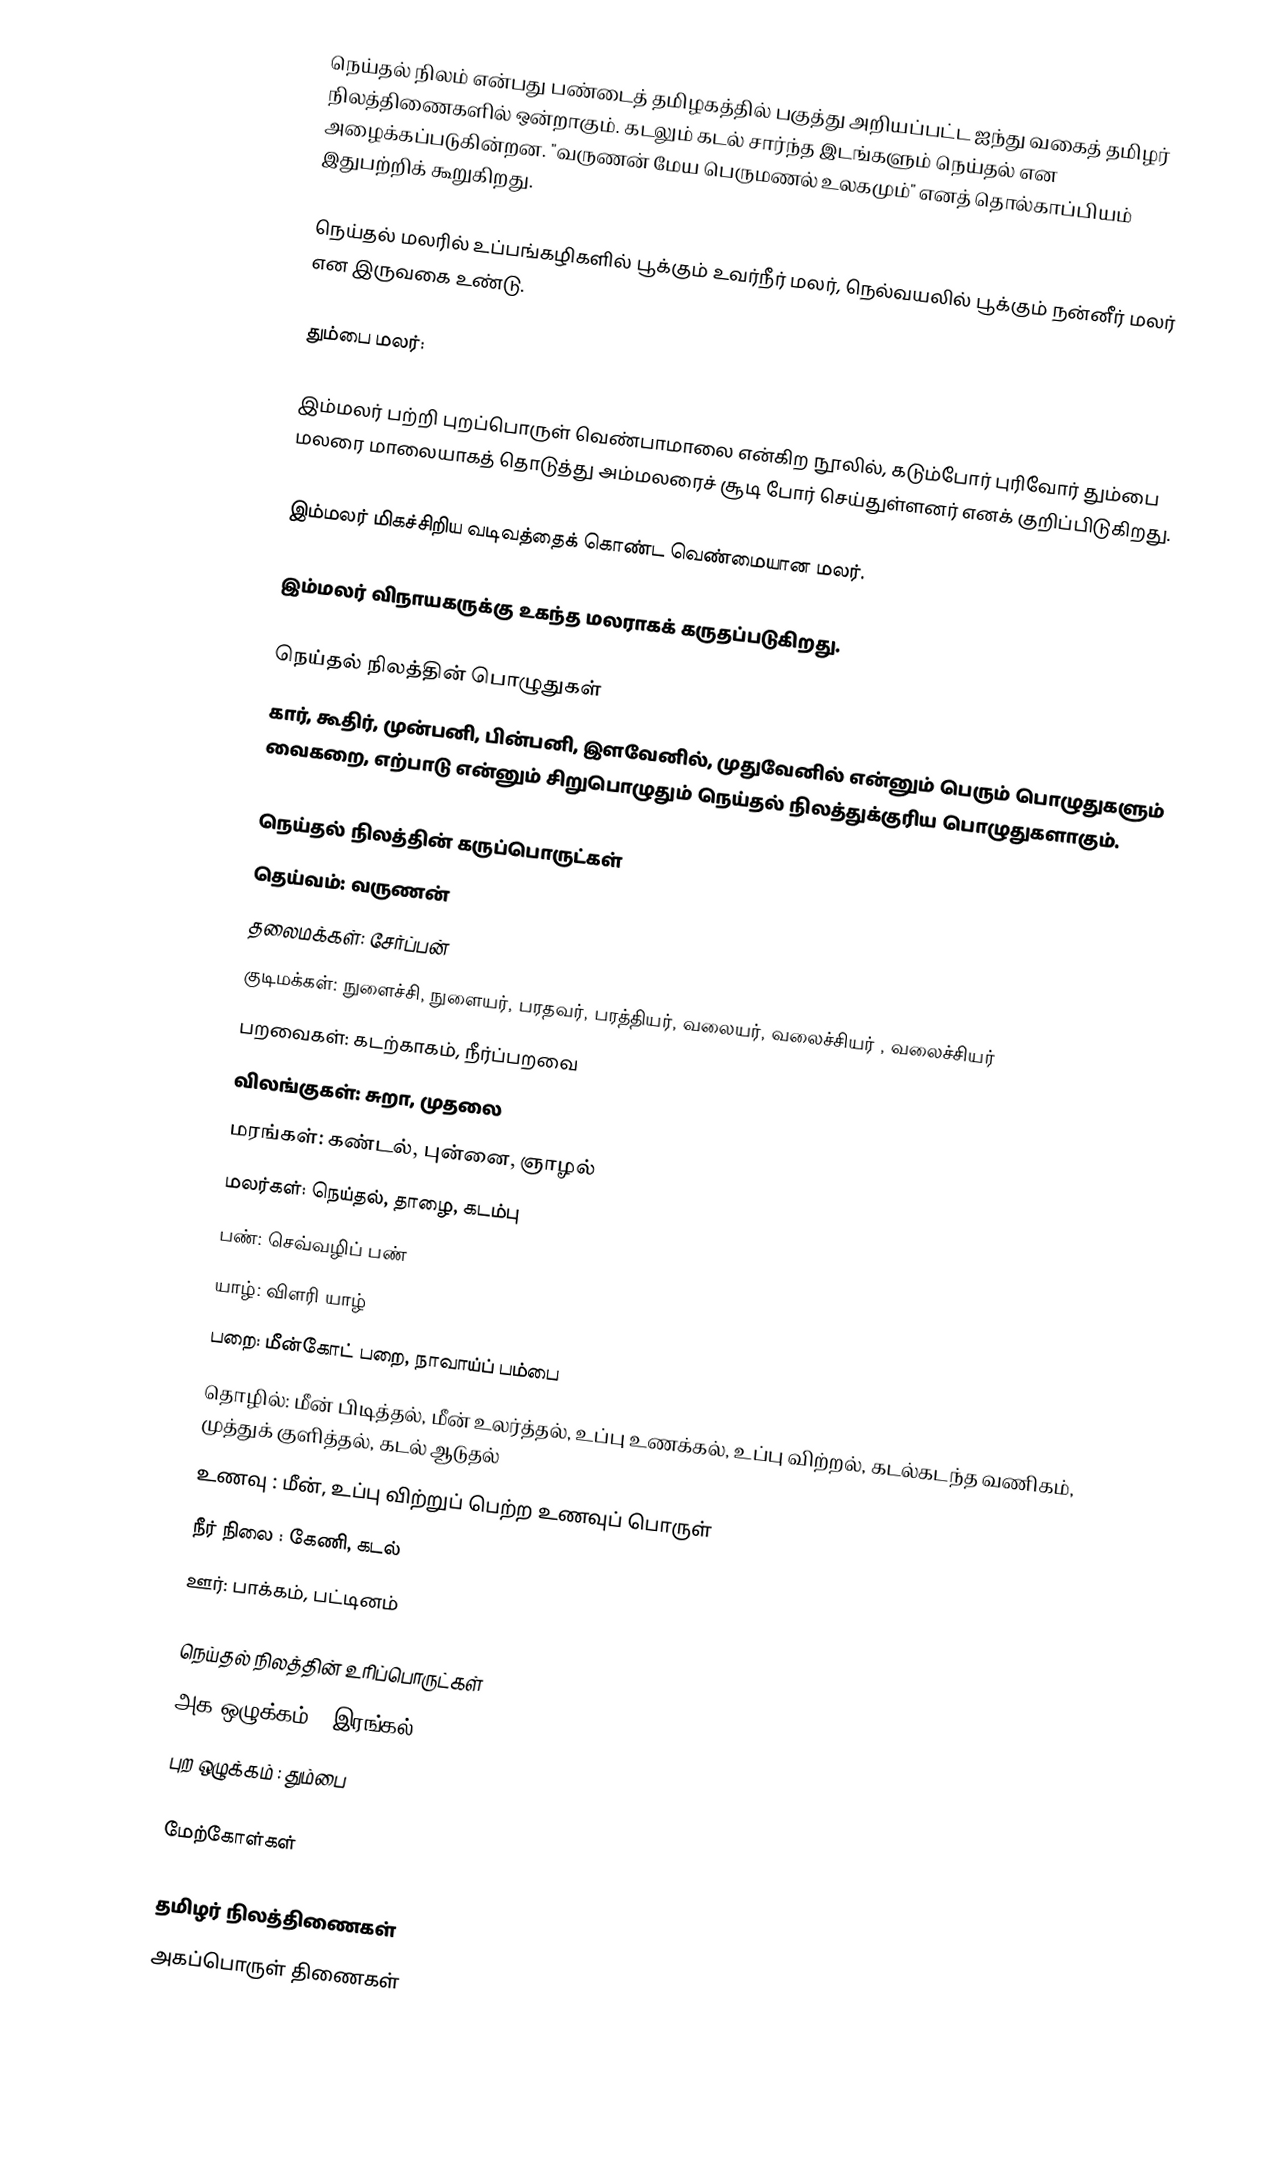
நெய்தல் நிலம் என்பது பண்டைத் தமிழகத்தில் பகுத்து அறியப்பட்ட ஐந்து வகைத் தமிழர் நிலத்திணைகளில் ஒன்றாகும். கடலும் கடல் சார்ந்த இடங்களும் நெய்தல் என அழைக்கப்படுகின்றன. "வருணன் மேய பெருமணல் உலகமும்" எனத் தொல்காப்பியம் இதுபற்றிக் கூறுகிறது.

நெய்தல் மலரில் உப்பங்கழிகளில் பூக்கும் உவர்நீர் மலர், நெல்வயலில் பூக்கும் நன்னீர் மலர் என இருவகை உண்டு.

தும்பை மலர்:

இம்மலர் பற்றி புறப்பொருள் வெண்பாமாலை என்கிற நூலில், கடும்போர் புரிவோர் தும்பை மலரை மாலையாகத் தொடுத்து அம்மலரைச் சூடி போர் செய்துள்ளனர் எனக் குறிப்பிடுகிறது.

இம்மலர் மிகச்சிறிய வடிவத்தைக் கொண்ட வெண்மையான மலர்.

இம்மலர் விநாயகருக்கு உகந்த மலராகக் கருதப்படுகிறது.

நெய்தல் நிலத்தின் பொழுதுகள்
கார், கூதிர், முன்பனி, பின்பனி, இளவேனில், முதுவேனில் என்னும் பெரும் பொழுதுகளும் வைகறை, எற்பாடு என்னும் சிறுபொழுதும் நெய்தல் நிலத்துக்குரிய பொழுதுகளாகும்.

நெய்தல் நிலத்தின் கருப்பொருட்கள்
 தெய்வம்: வருணன்
 தலைமக்கள்: சேர்ப்பன்
 குடிமக்கள்: நுளைச்சி, நுளையர், பரதவர், பரத்தியர், வலையர், வலைச்சியர் , வலைச்சியர்
 பறவைகள்: கடற்காகம், நீர்ப்பறவை
 விலங்குகள்: சுறா, முதலை
 மரங்கள்: கண்டல், புன்னை, ஞாழல்
 மலர்கள்: நெய்தல், தாழை, கடம்பு
 பண்: செவ்வழிப் பண்
 யாழ்: விளரி யாழ்
 பறை: மீன்கோட் பறை, நாவாய்ப் பம்பை
 தொழில்: மீன் பிடித்தல், மீன் உலர்த்தல், உப்பு உணக்கல், உப்பு விற்றல், கடல்கடந்த வணிகம், முத்துக் குளித்தல், கடல் ஆடுதல்
 உணவு : மீன், உப்பு விற்றுப் பெற்ற உணவுப் பொருள்
 நீர்  நிலை : கேணி, கடல்
 ஊர்: பாக்கம், பட்டினம்

நெய்தல் நிலத்தின் உரிப்பொருட்கள்
 அக ஒழுக்கம் : இரங்கல்
 புற ஒழுக்கம் : தும்பை

மேற்கோள்கள்

தமிழர் நிலத்திணைகள்
அகப்பொருள் திணைகள்